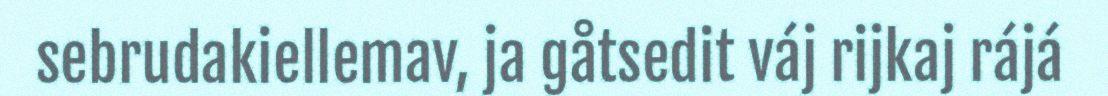
sebrudakiellemav, ja gåtsedit váj rijkaj rájá